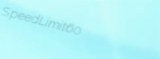
SpeedLimit60